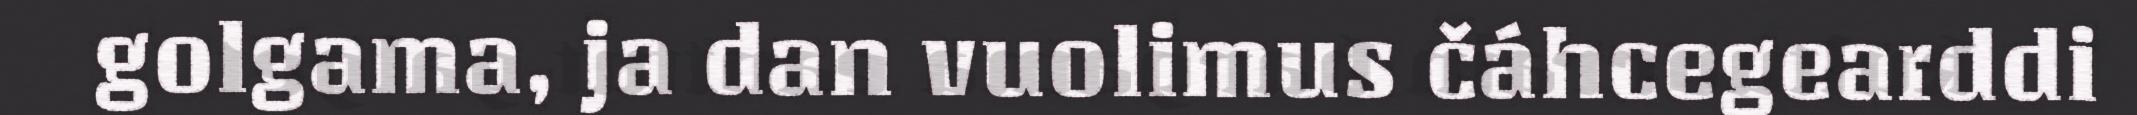
golgama, ja dan vuolimus čáhcegearddi